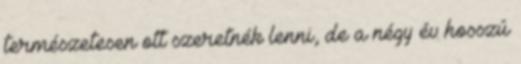
természetesen ott szeretnék lenni, de a négy év hosszú